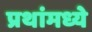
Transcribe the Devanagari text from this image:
प्रथांमध्ये